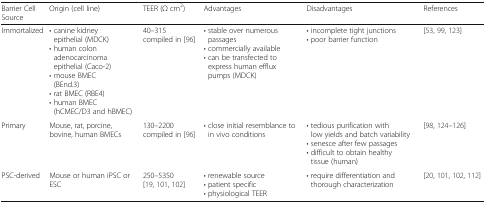
| Barrier Cell Source | Origin (cell line) | TEER (Ω cm2) | Advantages | Disadvantages | References |
 | --- | --- | --- | --- | --- | --- |
 | Immortalized | • canine kidney epithelial (MDCK)• human colon adenocarcinoma epithelial (Caco-2)• mouse BMEC (BEnd.3)• rat BMEC (RBE4)• human BMEC (hCMEC/D3 and hBMEC) | 40–315compiled in [96] | • stable over numerous passages• commercially available• can be transfected to express human efflux pumps (MDCK) | • incomplete tight junctions• poor barrier function | [53, 99, 123] |
 | Primary | Mouse, rat, porcine, bovine, human BMECs | 130–2200 compiled in [96] | • close initial resemblance to in vivo conditions | • tedious purification with low yields and batch variability• senesce after few passages• difficult to obtain healthy tissue (human) | [98, 124–126] |
 | PSC-derived | Mouse or human iPSC or ESC | 250–5350[19, 101, 102] | • renewable source• patient specific• physiological TEER | • require differentiation and thorough characterization | [20, 101, 102, 112] |